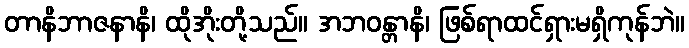
တာနိဘာဇနာနိ၊ ထိုအိုးတို့သည်။ အဘဝန္တာနိ၊ ဖြစ်ရာထင်ရှားမရှိကုန်ဘဲ။